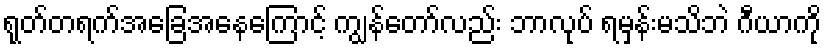
ရုတ်တရက်အခြေအနေကြောင့် ကျွန်တော်လည်း ဘာလုပ် ရမှန်းမသိဘဲ ဂီယာကို